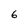
Character: 6